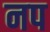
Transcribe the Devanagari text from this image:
नप